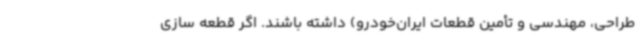
طراحی، مهندسی و تأمین قطعات ایران‌خودرو) داشته باشند. اگر قطعه سازی